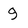
Character: 9